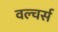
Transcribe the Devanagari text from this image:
वल्चर्स